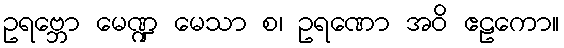
ဥရဗ္ဘော မေဏ္ဍ မေသာ စ၊ ဥရဏော အဝိ ဧဠကော။